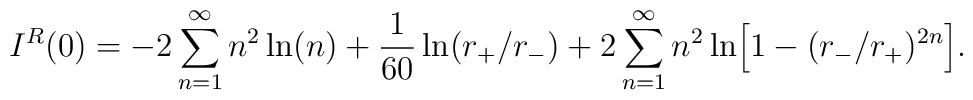
I^{R}(0)=-2\sum_{n=1}^{\infty}n^{2}\ln(n)+{1\over 60}\ln(r_{+}/r_{-})+2\sum_{n=1}^{\infty}n^{2}\ln \Bigr[1-(r_{-}/r_{+})^{2n}\Bigr].